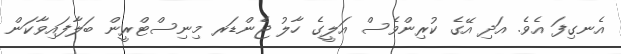
އެނގިފަ އެވެ. އަދި އޭގެ ކުރިންވެސް އަލީގެ ހާލު ޖެންޑަރ މިނިސްޓްރީން ބަލާފައިވާކަން